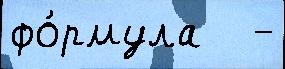
фо́рмула   -